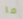
ما